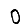
Digit: 0